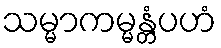
သမ္မာကမ္မန္တံပဟံ